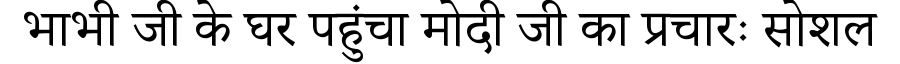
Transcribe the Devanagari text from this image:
भाभी जी के घर पहुंचा मोदी जी का प्रचारः सोशल